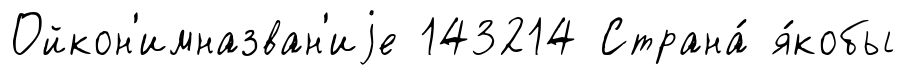
Ойкон'имназван'иjе 143214 Страна́ я́кобы